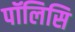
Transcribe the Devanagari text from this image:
पॉलिसि